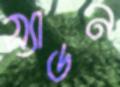
স্যাডন